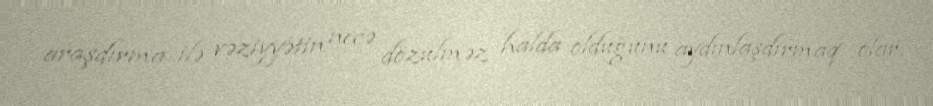
araşdırma ilə vəziyyətin necə dözülməz halda olduğunu aydınlaşdırmaq olar.